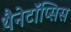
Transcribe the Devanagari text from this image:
थैनेटॉॅप्सिस